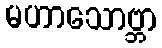
မဟာသောဗ္ဘာ